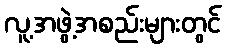
လူ့အဖွဲ့အစည်းများတွင်